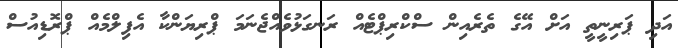
އަދި ޕަރިނީތީ އަށް އޭގެ ތެރެއިން ސްކްރިޕްޓެއް ރަނގަޅުވެއްޖެނަމަ ޕްރިޔަންކާ އެފިލްމެއް ޕްރޮޑިއުސް